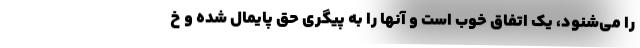
را می‌شنود، یک اتفاق خوب است و آنها را به پیگری حق پایمال شده و خ